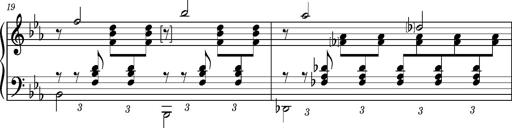
Title: PrÃ©ludes et Harmonies poÃ©tiques et religieuses
Composer: Franz Liszt